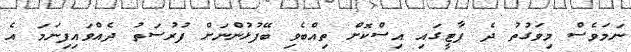
ނަމަވެސް މިވަގުތު ދެ ޕާޓީގައި އިސްކޮށް ތިއްބެވި ބޭފުޅުންނަށް ފުރުސަތު ދެއްވައިފިނަމަ އެ